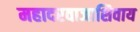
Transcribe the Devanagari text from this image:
महादरवाजाशिवाय